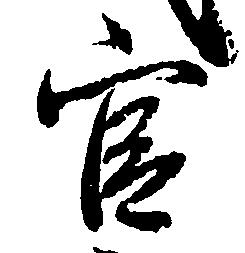
官